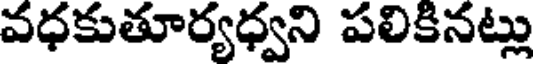
వధకుతూర్యధ్వని పలికినట్లు